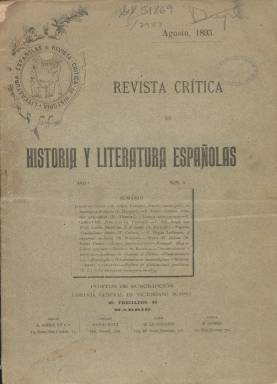
Título: Revista crítica de historia y literatura españolas
Colección: Literatura
Ámbito geográfico: Madrid
Lugar de publicación: Madrid
Fechas: 01/08/1895-31/08/1895

Fundada y dirigida -en la parte histórica- por el que será gran humanista, americanista, pedagogo, jurista y prolífico escritor Rafael Altamira y Crevea (1866-1951), que fallecerá en su exilio en México, a quien, previamente en 1888, Nicolás Salmerón le había ofrecido la oportunidad de formar parte de la redacción de La Justicia (1888-1896), el diario madrileño del Partido Republicano Centralista, que posteriormente dirigirá, y en donde firma sus artículos como ‘Ángel Guerra’, y que también había iniciado su labor como crítico literario en el diario madrileño El liberal (1879-1939) y en el semanario barcelonés La ilustración ibérica (1883-1898), y recibido por su labor periodística elogios de Leopoldo Alas ‘Clarín’, Armando Palacio Valdés o Emilia Pardo Bazán. El aún joven historiador Altamira iniciará la aventura intelectual de sacar esta revista con la ayuda editorial del que será una de las figuras secundarias más importantes de la Generación del 98, el gran traductor, ensayista y crítico Luis Ruiz Contreras (1863-1953), que actuará como director literario de la publicación, y que más tarde fundará también la efímera Revista nueva (1899), mientras que Altamira dirigirá por su parte el Boletín de la Institución Libre de Enseñanza (1877).

Con periodicidad mensual, esta revista aparece en marzo de 1895, en cuadernos en torno a las 32 páginas, compuestas a dos columnas, y con cubiertas y foliación continuada. Con el intento de que arraigara en el público, su carácter será eminentemente informativo y no doctrinal, estando dedicada especialmente a dar cuenta de las publicaciones que salían a la luz en España, Portugal o América latina y trataran de historia general o de crítica literaria referidas a la cultura española, pero también de amena literatura o creación literaria (novelas, poemas, etc.), así como de hechos científicos (descubrimientos arqueológicos, hallazgos diplomáticos, sesiones de academias y sociedades, informaciones de museos, necrológicas, conmemoraciones o documentos históricos, entre otros). Contará con las secciones Libros españoles, Libros extranjeros, Libros recientes, Notas bibliográficas, Revista de revistas y Comunicaciones y noticias. En su nota editorial indicará que la revista no insertará polémicas ni rectificaciones, ni tratará de obras doctrinales políticas o filosóficas.

En la revista va a converger un selecto grupo de intelectuales y hombres de la alta cultura de la época. Un mes antes de su aparición, Altamira había contado en una carta a ‘Clarín’ –entonces profesor de la Universidad de Oviedo- su ambicioso proyecto de carácter académico, aunque muy modesto en lo económico, tomando como modelo la parisina publicación de historia y literatura Revue critique (1866-1935). Al mismo se adherirán –dice el joven historiador alicantino, que en ese momento compagina su labor periodística con la docente como auxiliar en la cátedra de Giner de los Ríos de la Facultad de Derecho de Madrid- Marcelino Menéndez y Pelayo, Joaquín Costa, Marcos Jiménez de la Espada, Cesáreo Fernández Duro, Francisco Codera, E. Hinojosa o E. de Saavedra, y le habían prometido colaborar desde fuera de España Wentworth Webster, Arturo Farinelli, Benedetto Croce, A. Morel-Fatio, J. Fitzmaurice-Kelly y otros (Jesús Rubio Jiménez y Antonio Deaño Gamallo (2011). Junto a los señalados, escriben también en sus páginas Francisco Giner de los Ríos, Darwin Swit, H. Butler Clarke, M. Cuadrado, J.R. Mélida, M. Gómez Ímaz o Ramón Menéndez Pidal.

También anuncia artículos e informaciones de los españoles Leopoldo Alas, A. Cánovas del Castillo, Gumersindo de Azcárate, J. Catalina García, Manuel Bartolomé Cossío, Joaquín Maldonado Macanaz, Emilio Cotarelo, R. Chabás, J. Gestoso, José R. Lomba Pedraja, J.R. Mélida, F. Rahola, G. Reparaz, Ángel de los Ríos, F. Suárez Bravo, R. Torres Campos o Miguel de Unamuno; colaboraciones de los portugueses Joaquim de Araujo, F. Adolpho Coelho, D. García Péres o F. Martins Sarmiento; y desde otros países, H. D’Arbois de Jubainville, Rutino José Cuervo, E. Hübner o Konrad Haebler, entre otros. Todos ellos profesores y catedráticos universitarios, miembros de reales academias, publicistas o bibliotecarios, como los citados Haebler y Suárez Bravo, así como el gran rabino de Bulgaria, M. Grünwald.

Con este título, la revista es editada hasta septiembre del mismo año, mes en el que interrumpe su aparición, pero la colección de la Biblioteca Nacional de España (BNE) sólo dispone de su entrega número 5, correspondiente a agosto de 1895. A partir de diciembre de este año reaparece con el título Revista crítica de historia y literatura españolas, portuguesas e hispanoamericanas, que también forma parte de esta Hemeroteca Digital de la BNE.